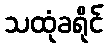
သထုံခရိုင်